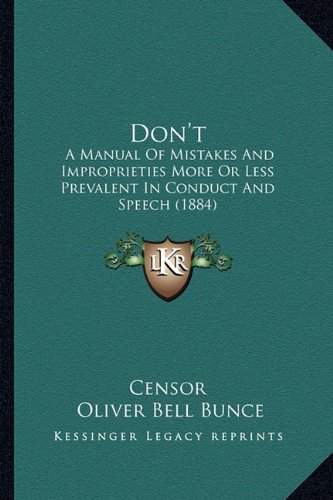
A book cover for Don't: A Manual Of Mistakes And Improprieties More Or Less Prevalent In Conduct And Speech (1884); Censor; Literature & Fiction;